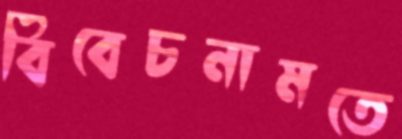
বিবেচনামতে